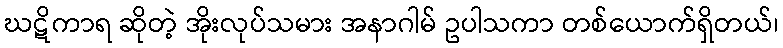
ဃဋိကာရ ဆိုတဲ့ အိုးလုပ်သမား အနာဂါမ် ဥပါသကာ တစ်ယောက်ရှိတယ်၊